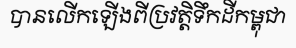
បានលើកឡើងពីប្រវត្តិទឹកដីកម្ពុជា